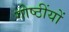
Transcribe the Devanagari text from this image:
गोष्ठींयों